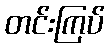
တင်းကြပ်